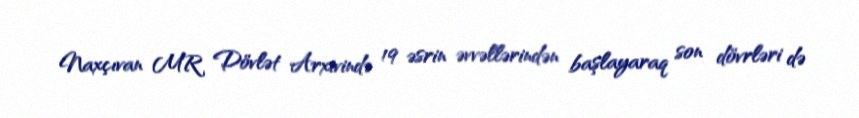
Naxçıvan MR Dövlət Arxivində 19 əsrin əvvəllərindən başlayaraq son dövrləri də